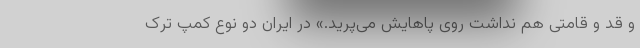
و قد و قامتی هم نداشت روی پاهایش می‌پرید.» در ایران دو نوع کمپ ترک